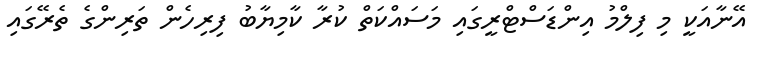
އޭނާއަކީ މި ފިލްމު އިންޑަސްޓްރީގައި މަސައްކަތް ކުރާ ކާމިޔާބު ފިރިހެން ތަރިންގެ ތެރޭގައި